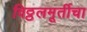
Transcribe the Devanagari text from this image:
विठ्ठलमूर्तीचा